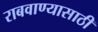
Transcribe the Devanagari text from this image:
राबवाण्यासाठी